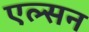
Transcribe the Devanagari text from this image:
एल्सन